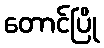
တောင်ပြို